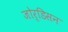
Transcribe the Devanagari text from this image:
जोर्डिसन